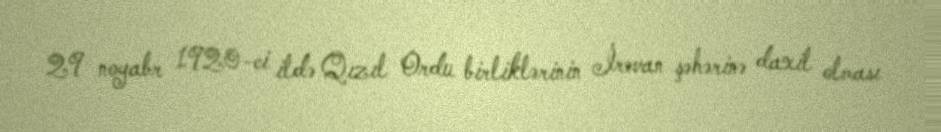
29 noyabr 1920-ci ildə Qızıl Ordu birliklərinin İrəvan şəhərinə daxil olması